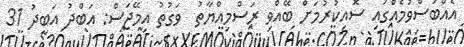
އެއްބަސްވުމެއްގައި ސޮއިކުރުމަށް ބޭއްވި ރަސްމިއްޔާތު  ވަގުތު އިމޭޖަސް: އަބްދު އަބީދު 31